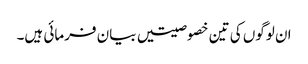
ان لوگوں کی تین خصوصیتیں بیان فرمائی ہیں۔